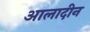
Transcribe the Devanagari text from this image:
आलादीन